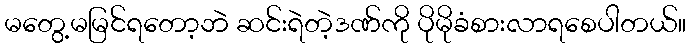
မတွေ့မမြင်ရတော့ဘဲ ဆင်းရဲတဲ့ဒဏ်ကို ပိုမိုခံစားလာရစေပါတယ်။